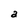
Character: a